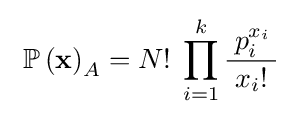
~\operatorname {\mathbb {P} } \left(\mathbf {x} \right)_{A}=N!\;\prod _{i=1}^{k}{\frac {\;p_{i}^{x_{i}}\,}{x_{i}!}}~